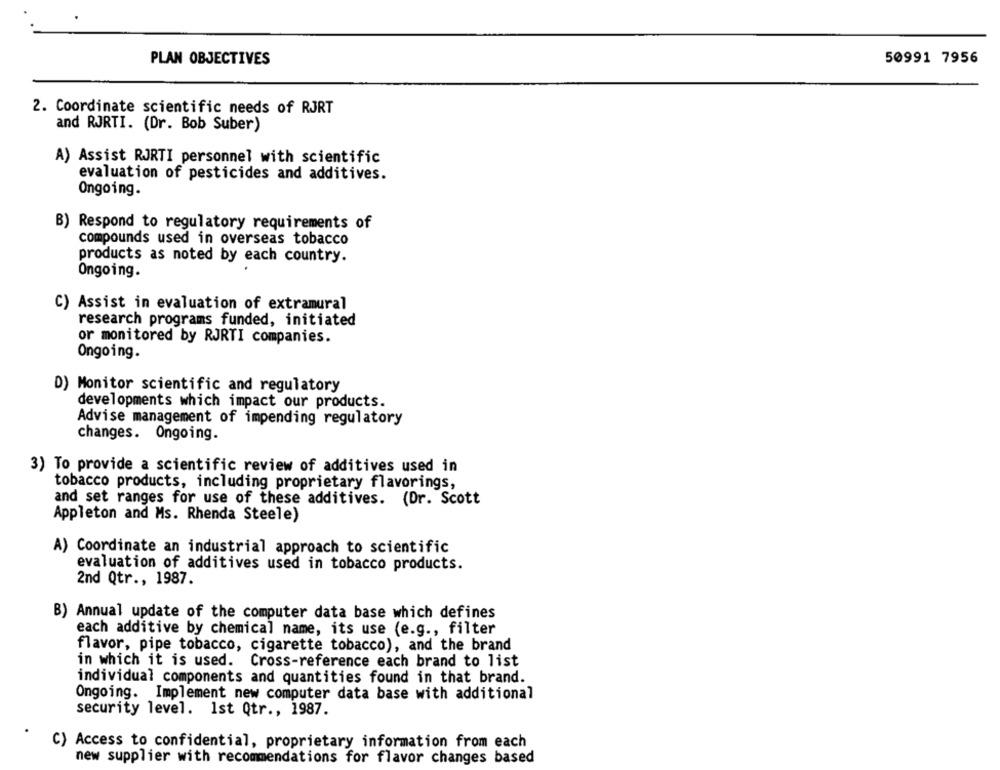
PLAN OBJECTIVES
50991 7956
2. Coordinate scientific needs of RJRT
and RJRTI. (Dr. Bob Suber)
A) Assist RJRTI personnel with scientific
evaluation of pesticides and additives.
Ongoing.
B) Respond to regulatory requirements of
compounds used in overseas tobacco
products as noted by each country.
Ongoing.
C) Assist in evaluation of extramural
research programs funded, initiated
or monitored by RJRTI companies.
Ongoing.
D) Monitor scientific and regulatory
developments which impact our products.
Advise management of impending regulatory
changes. Ongoing.
3) To provide a scientific review of additives used in
tobacco products, including proprietary flavorings,
and set ranges for use of these additives. (Dr. Scott
Appleton and Ms. Rhenda Steele)
A) Coordinate an industrial approach to scientific
evaluation of additives used in tobacco products.
2nd Qtr ., 1987.
B) Annual update of the computer data base which defines
each additive by chemical name, its use (e.g ., filter
flavor, pipe tobacco, cigarette tobacco), and the brand
in which it is used. Cross-reference each brand to list
individual components and quantities found in that brand.
Ongoing. Implement new computer data base with additional
security level. 1st Qtr ., 1987.
C) Access to confidential, proprietary information from each
new supplier with recommendations for flavor changes based